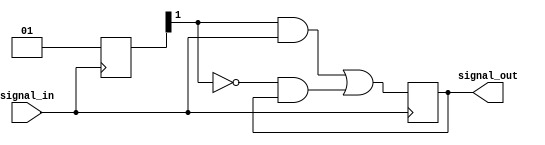
module transmission_gate_delay (
    input wire signal_in,
    output reg signal_out
);

reg [1:0] delay;
wire signal_delayed;

assign signal_delayed = (delay[1] & signal_in) | (~delay[1] & signal_out);

always @ (posedge signal_in) begin
    delay <= #1 2'b01; // specify delay here
    signal_out <= signal_delayed;
end

endmodule